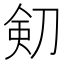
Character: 𠝏